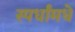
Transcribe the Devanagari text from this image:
स्पर्धांमधे